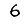
Digit: 6